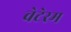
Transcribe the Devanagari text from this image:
वेटेरम